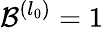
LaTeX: \mathcal{B}^{(l_{0})}=1